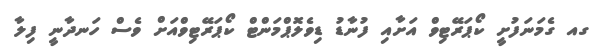
ގއ ގެމަނަފުށީ ކޯޕަރޭޓިވް އަށާއި ފުނާޑު ޑިވެލޮޕްމަންޓް ކޯޕަރޭޓިވްއަށް ވެސް ހަނދާނީ ފިލާ